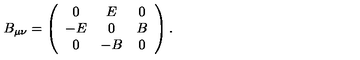
B _ { \mu \nu } = \left( \begin{array} { c c c } { 0 } & { E } & { 0 } \\ { - E } & { 0 } & { B } \\ { 0 } & { - B } & { 0 } \\ \end{array} \right) .